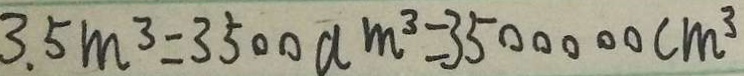
3 . 5 m ^ { 3 } = 3 5 0 0 a m ^ { 3 } = 3 5 0 0 0 0 0 c m ^ { 3 }